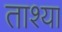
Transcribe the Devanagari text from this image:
ताश्या